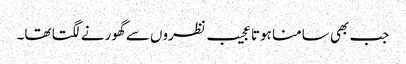
جب بھی سامنا ہوتا عجیب نظروں سے گھورنے لگتا تھا۔